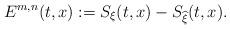
LaTeX: \begin{align*}E^{m,n}(t,x):=S_\xi(t,x)-S_{\widehat{\xi}}(t,x). \end{align*}